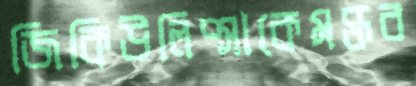
জিকিউলিপ্সাকেমক্তব